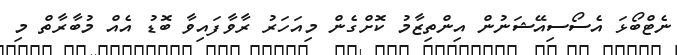
ނެޓްބޯޅަ އެސޯސިއޭޝަނުން އިންތިޒާމު ކޮށްގެން މިއަހަރު ރާވާފައިވާ ބޮޑު އެއް މުބާރާތް މި